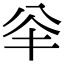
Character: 𠔎